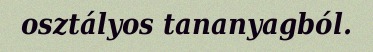
osztályos tananyagból.